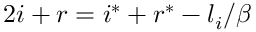
2 i + r = i ^ { * } + r ^ { * } - l _ { i } / \beta